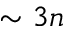
\sim 3 n